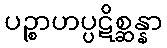
ပဉ္စာဟပ္ပဋိစ္ဆန္နာ